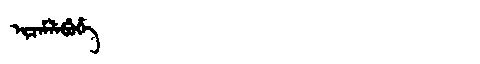
Manchu: ᡳᠴᡝᠮᠯᡝᠪᡠᡥᡝ
Romanization: ICEMLEBUHE